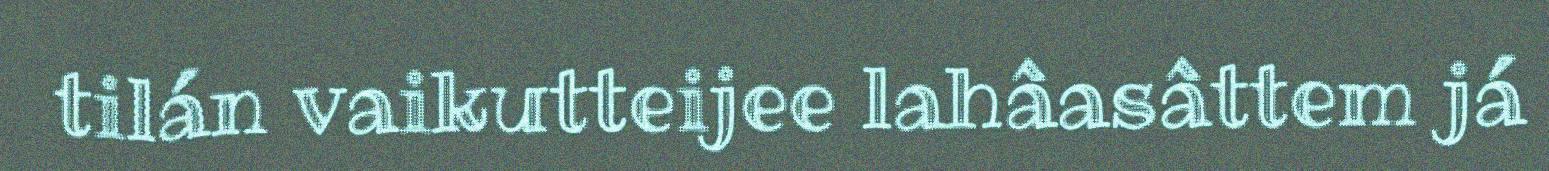
tilán vaikutteijee lahâasâttem já